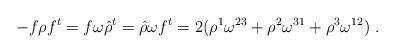
LaTeX: \begin{align*}-f\rho f^t=f\omega\hat{\rho}^t=\hat{\rho}\omega f^t=2(\rho^1\omega^{23}+\rho^2\omega^{31}+\rho^3\omega^{12})\ .\end{align*}